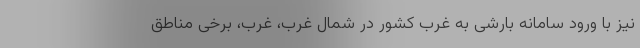
نیز با ورود سامانه بارشی به غرب کشور در شمال غرب، غرب، برخی مناطق